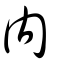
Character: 內